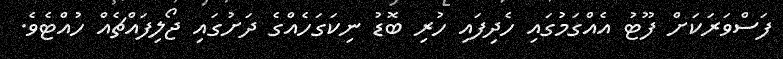
ފަސްވަރަކަށް ފޫޓު އެއްގަމުގައި ހެދިފައި ހުރި ބޮޑު ނިކަގަހެއްގެ ދަށުގައި ޖޯލިފައްޗެއް ހުއްޓެވެ.